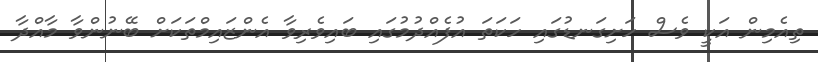
ތިއެމިން އަކީ ވެސް ހަށިގަނޑުގައި ހަކަތަ އުފެއްދުމުގައި ބައިވެރިވާ އެންޒައިމްތަކަށް ބޭނުންވާ މާއްދާ